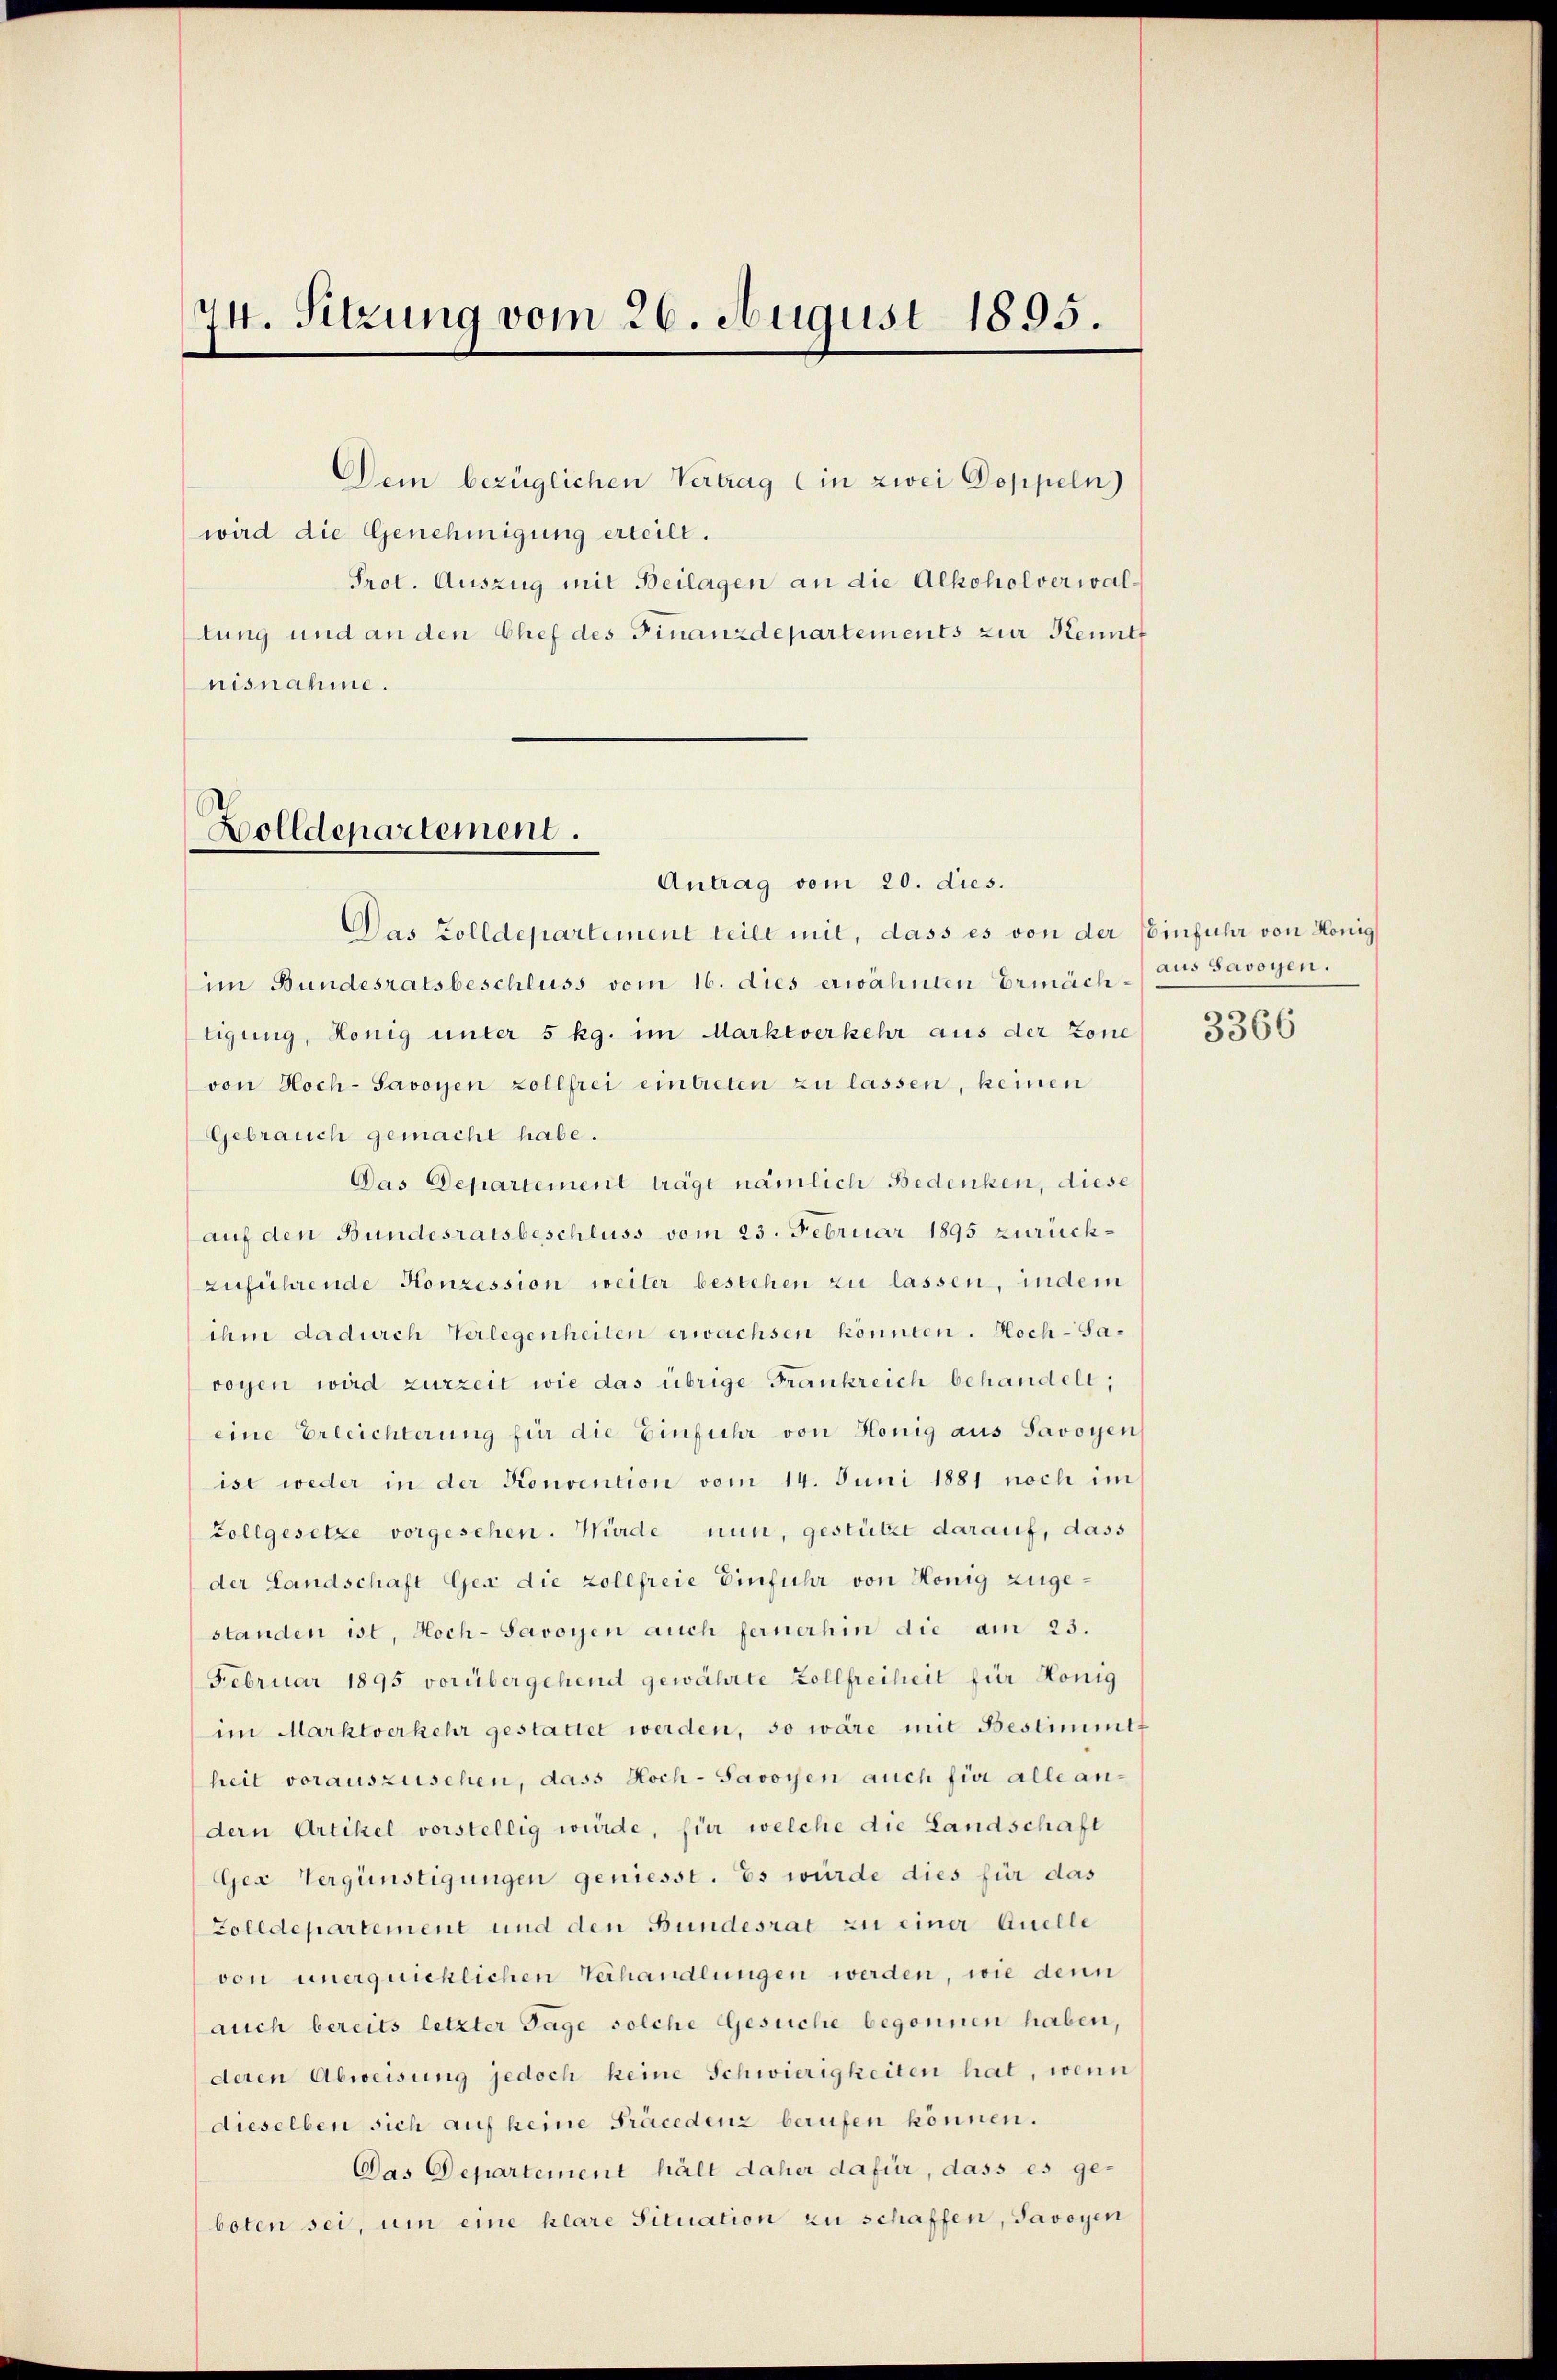
74. Sitzung vom 26. August 1895.

Dein bezüglichen Vertrag (in zwei Doppeln)
wird die Genehmigung erteilt.
Prot. Auszug mit Beilagen an die Alkoholverwaltung und an den Chef des Finanzdepartements zur Kennt
nisnahme.

Bolldepartement.

Antrag vom 20. dies.
Das Zolldepartement teilt mit, dass es von der Einfuhr von Honig
im Bundesratsbeschluss vom 16. dies erwähnten Ermächtigung, Honig unter 5 kg. im Marktverkehr aus der Zone
von Hoch-Savoyen zollfrei eintreten zu lassen, keinen
Gebrauch gemacht habe.
Das Departement trägt nämlich Bedenken, diese
auf den Bundesratsbeschluss vom 23. Februar 1895 zurückzuführende Konzession weiler bestehen zu lassen, indem
ihm dadurch Verlegenheiten erwachsen könnten. Hoch- Savoyen wird zurzeit wie das übrige Frankreich behandelt;
eine Erleichterung für die Einfuhr von Honig aus Savoyen
ist weder in der Konvention vom 14. Juni 1881 noch im
Zollgesetze vorgesehen. Würde nun, gestützt darauf, dass
der Landschaft Gea die zollfreie Einfuhr von Honig zugestanden ist, Hoch-Savoyen auch fernerhin die am 23.
Februar 1895 vorübergehend gewährte Zollfreiheit für König
im Marktverkehr gestattet werden, so wäre mit Bestimmt
heit vorauszusehen, dass Hoch-Savoyen auch fier alle an-
dern Artikel vorstellig würde, für welche die Landschaft
Gea Vergünstigungen geniesst. Es würde dies für das
Zolldepartement und den Bundesrat zu einer Quelle
von unerquicklichen Verhandlungen werden, wie denn
auch bereits letzter Tage solche Gesuche begonnen haben,
deren Abweisung jedoch keine Schwierigkeiten hat, wenn
dieselben sich auf keine Präcedenz berufen können.
Das Departement hält daher dafür, dass es ge-
boten sei, um eine klare Situation zu schaffen, Savoyen

aus Savoyen.

3366